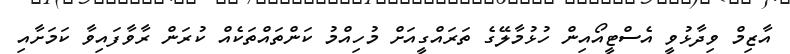
އާޒިމް ވިދާޅުވީ އެސްޓީއޯއިން ހުޅުމާލޭގެ ތަރައްގީއަށް މުހިއްމު ކަންތައްތަކެއް ކުރަން ރާވާފައިވާ ކަމަށާއި